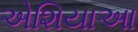
એશિયાઆ